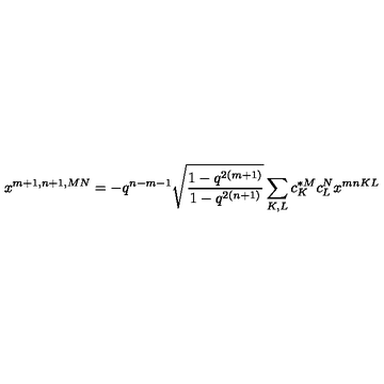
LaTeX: x ^ { m + 1 , n + 1 , M N } = - q ^ { n - m - 1 } \sqrt { \frac { 1 - q ^ { 2 ( m + 1 ) } } { 1 - q ^ { 2 ( n + 1 ) } } } \sum _ { K , L } c _ { K } ^ { * M } c _ { L } ^ { N } x ^ { m n K L }